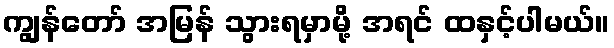
ကျွန်တော် အမြန် သွားရမှာမို့ အရင် ထနှင့်ပါမယ်။